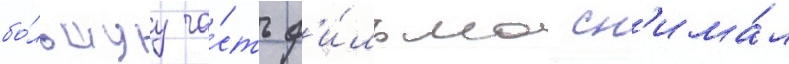
бо́льшуу ча́сть ф'и́льма сн'има́л